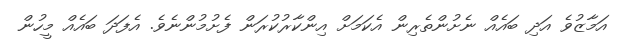
އަމާޒުވެ އަދި ބައެއް ނެށުންތެރިން އެކަމަށް އިންކާރުކުރަން ފެށުމުންނެވެ. އެފަދަ ބައެއް މީހުން